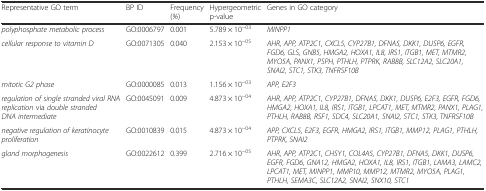
<table><thead><tr><td><b>Representative GO term</b></td><td><b>BP ID</b></td><td><b>Frequency (<i>%</i>)</b></td><td><b>Hypergeometric p<i>-</i>value</b></td><td><b>Genes in GO category</b></td></tr></thead><tbody><tr><td><i>polyphosphate metabolic process</i></td><td>GO:0006797</td><td>0.001</td><td>5.789 × 10<sup>−03</sup></td><td><i>MINPP1</i></td></tr><tr><td><i>cellular response to vitamin D</i></td><td>GO:0071305</td><td>0.040</td><td>2.153 × 10<sup>−05</sup></td><td><i>AHR, APP, ATP2C1, CXCL5, CYP27B1, DFNA5, DKK1, DUSP6, EGFR, FGD6, GLS, GNB5, HMGA2, HOXA1, IL8, IRS1, ITGB1, MET, MTMR2, MYO5A, PANX1, PSPH, PTHLH, PTPRK, RAB8B, SLC12A2, SLC20A1, SNAI2, STC1, STK3, TNFRSF10B</i></td></tr><tr><td><i>mitotic G2 phase</i></td><td>GO:0000085</td><td>0.013</td><td>1.156 × 10<sup>−03</sup></td><td><i>APP, E2F3</i></td></tr><tr><td><i>regulation of single stranded viral RNA replication</i> via <i>double stranded DNA intermediate</i></td><td>GO:0045091</td><td>0.009</td><td>4.873 × 10<sup>−04</sup></td><td><i>AHR, APP, ATP2C1, CYP27B1, DFNA5, DKK1, DUSP6, E2F3, EGFR, FGD6, HMGA2, HOXA1, IL8, IRS1, ITGB1, LPCAT1, MET, MTMR2, PANX1, PLAG1, PTHLH, RAB8B, RSF1, SDC4, SLC20A1, SNAI2, STC1, STK3, TNFRSF10B</i></td></tr><tr><td><i>negative regulation of keratinocyte proliferation</i></td><td>GO:0010839</td><td>0.015</td><td>4.873 × 10<sup>−04</sup></td><td><i>APP, CXCL5, E2F3, EGFR, HMGA2, IRS1, ITGB1, MMP12, PLAG1, PTHLH, PTPRK, SNAI2</i></td></tr><tr><td><i>gland morphogenesis</i></td><td>GO:0022612</td><td>0.399</td><td>2.716 × 10<sup>−05</sup></td><td><i>AHR, APP, ATP2C1, CHSY1, COL4A5, CYP27B1, DFNA5, DKK1, DUSP6, EGFR, FGD6, GNA12, HMGA2, HOXA1, IL8, IRS1, ITGB1, LAMA3, LAMC2, LPCAT1, MET, MINPP1, MMP10, MMP12, MTMR2, MYO5A, PLAG1, PTHLH, SEMA3C, SLC12A2, SNAI2, SNX10, STC1</i></td></tr></tbody></table>